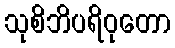
သုစိဘိပရိဝုတော